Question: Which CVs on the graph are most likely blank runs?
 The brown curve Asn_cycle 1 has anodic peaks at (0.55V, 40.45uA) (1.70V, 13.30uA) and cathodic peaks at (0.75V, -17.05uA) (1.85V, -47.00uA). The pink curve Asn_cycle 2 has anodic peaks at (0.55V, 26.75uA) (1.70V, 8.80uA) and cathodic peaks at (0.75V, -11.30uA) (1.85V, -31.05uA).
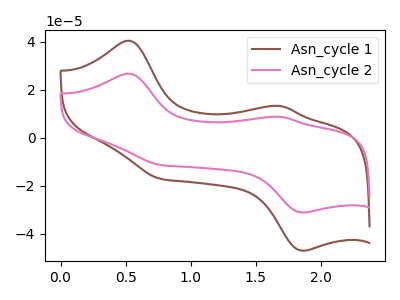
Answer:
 <answer>There are not any CV's on this graph that are likely to be blanks.</answer>
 <eval>none</eval>